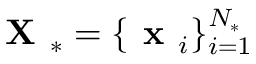
\textbf { X } _ { * } = \{ \textbf { x } _ { i } \} _ { i = 1 } ^ { N _ { * } }